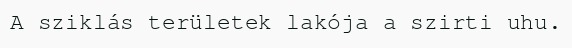
A sziklás területek lakója a szirti uhu.